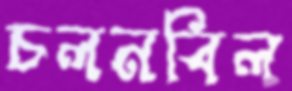
চলনবিল